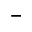
^ -